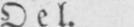
Oel.